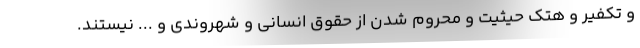
و تکفیر و هتک حیثیت و محروم شدن از حقوق انسانی و شهروندی و ... نیستند.